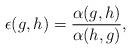
LaTeX: \begin{align*}\epsilon(g,h) = \frac{\alpha(g,h)}{\alpha(h,g)},\end{align*}